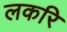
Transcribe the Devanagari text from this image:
लकरि